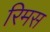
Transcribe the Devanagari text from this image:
रिमस